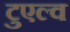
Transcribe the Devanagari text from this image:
टुएल्व